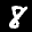
Label: 8